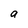
Character: a